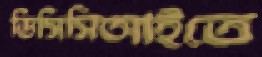
ডিসিসিআইতে